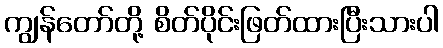
ကျွန်တော်တို့ စိတ်ပိုင်းဖြတ်ထားပြီးသားပါ